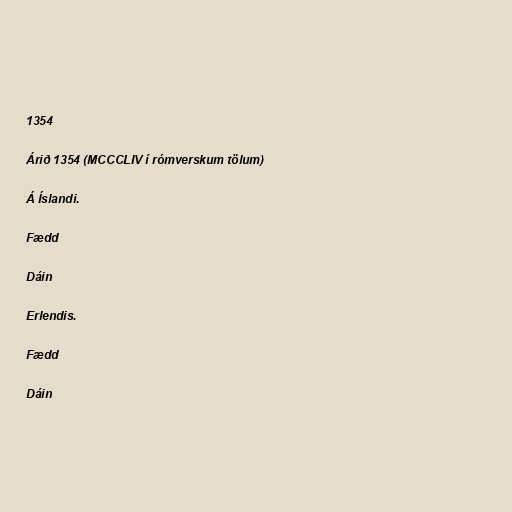
1354

Árið 1354 (MCCCLIV í rómverskum tölum)

Á Íslandi.

Fædd

Dáin

Erlendis.

Fædd

Dáin